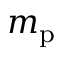
m _ { \mathrm { p } }